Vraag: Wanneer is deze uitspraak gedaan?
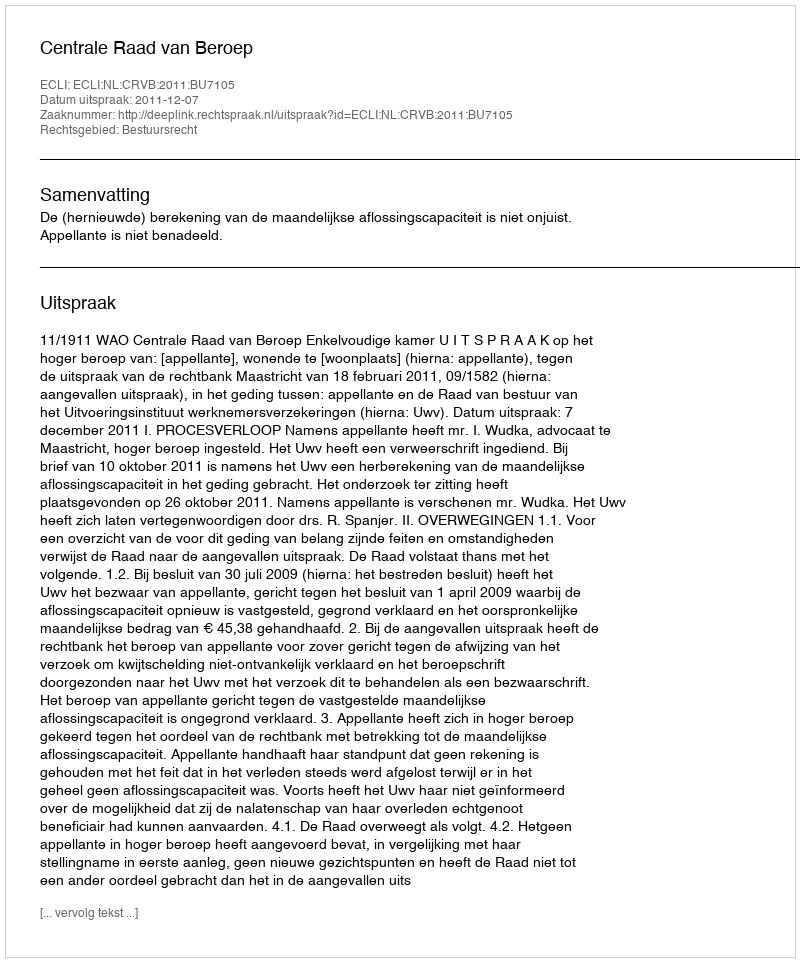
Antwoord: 2011-12-07